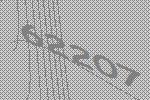
62207